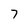
Character: 7